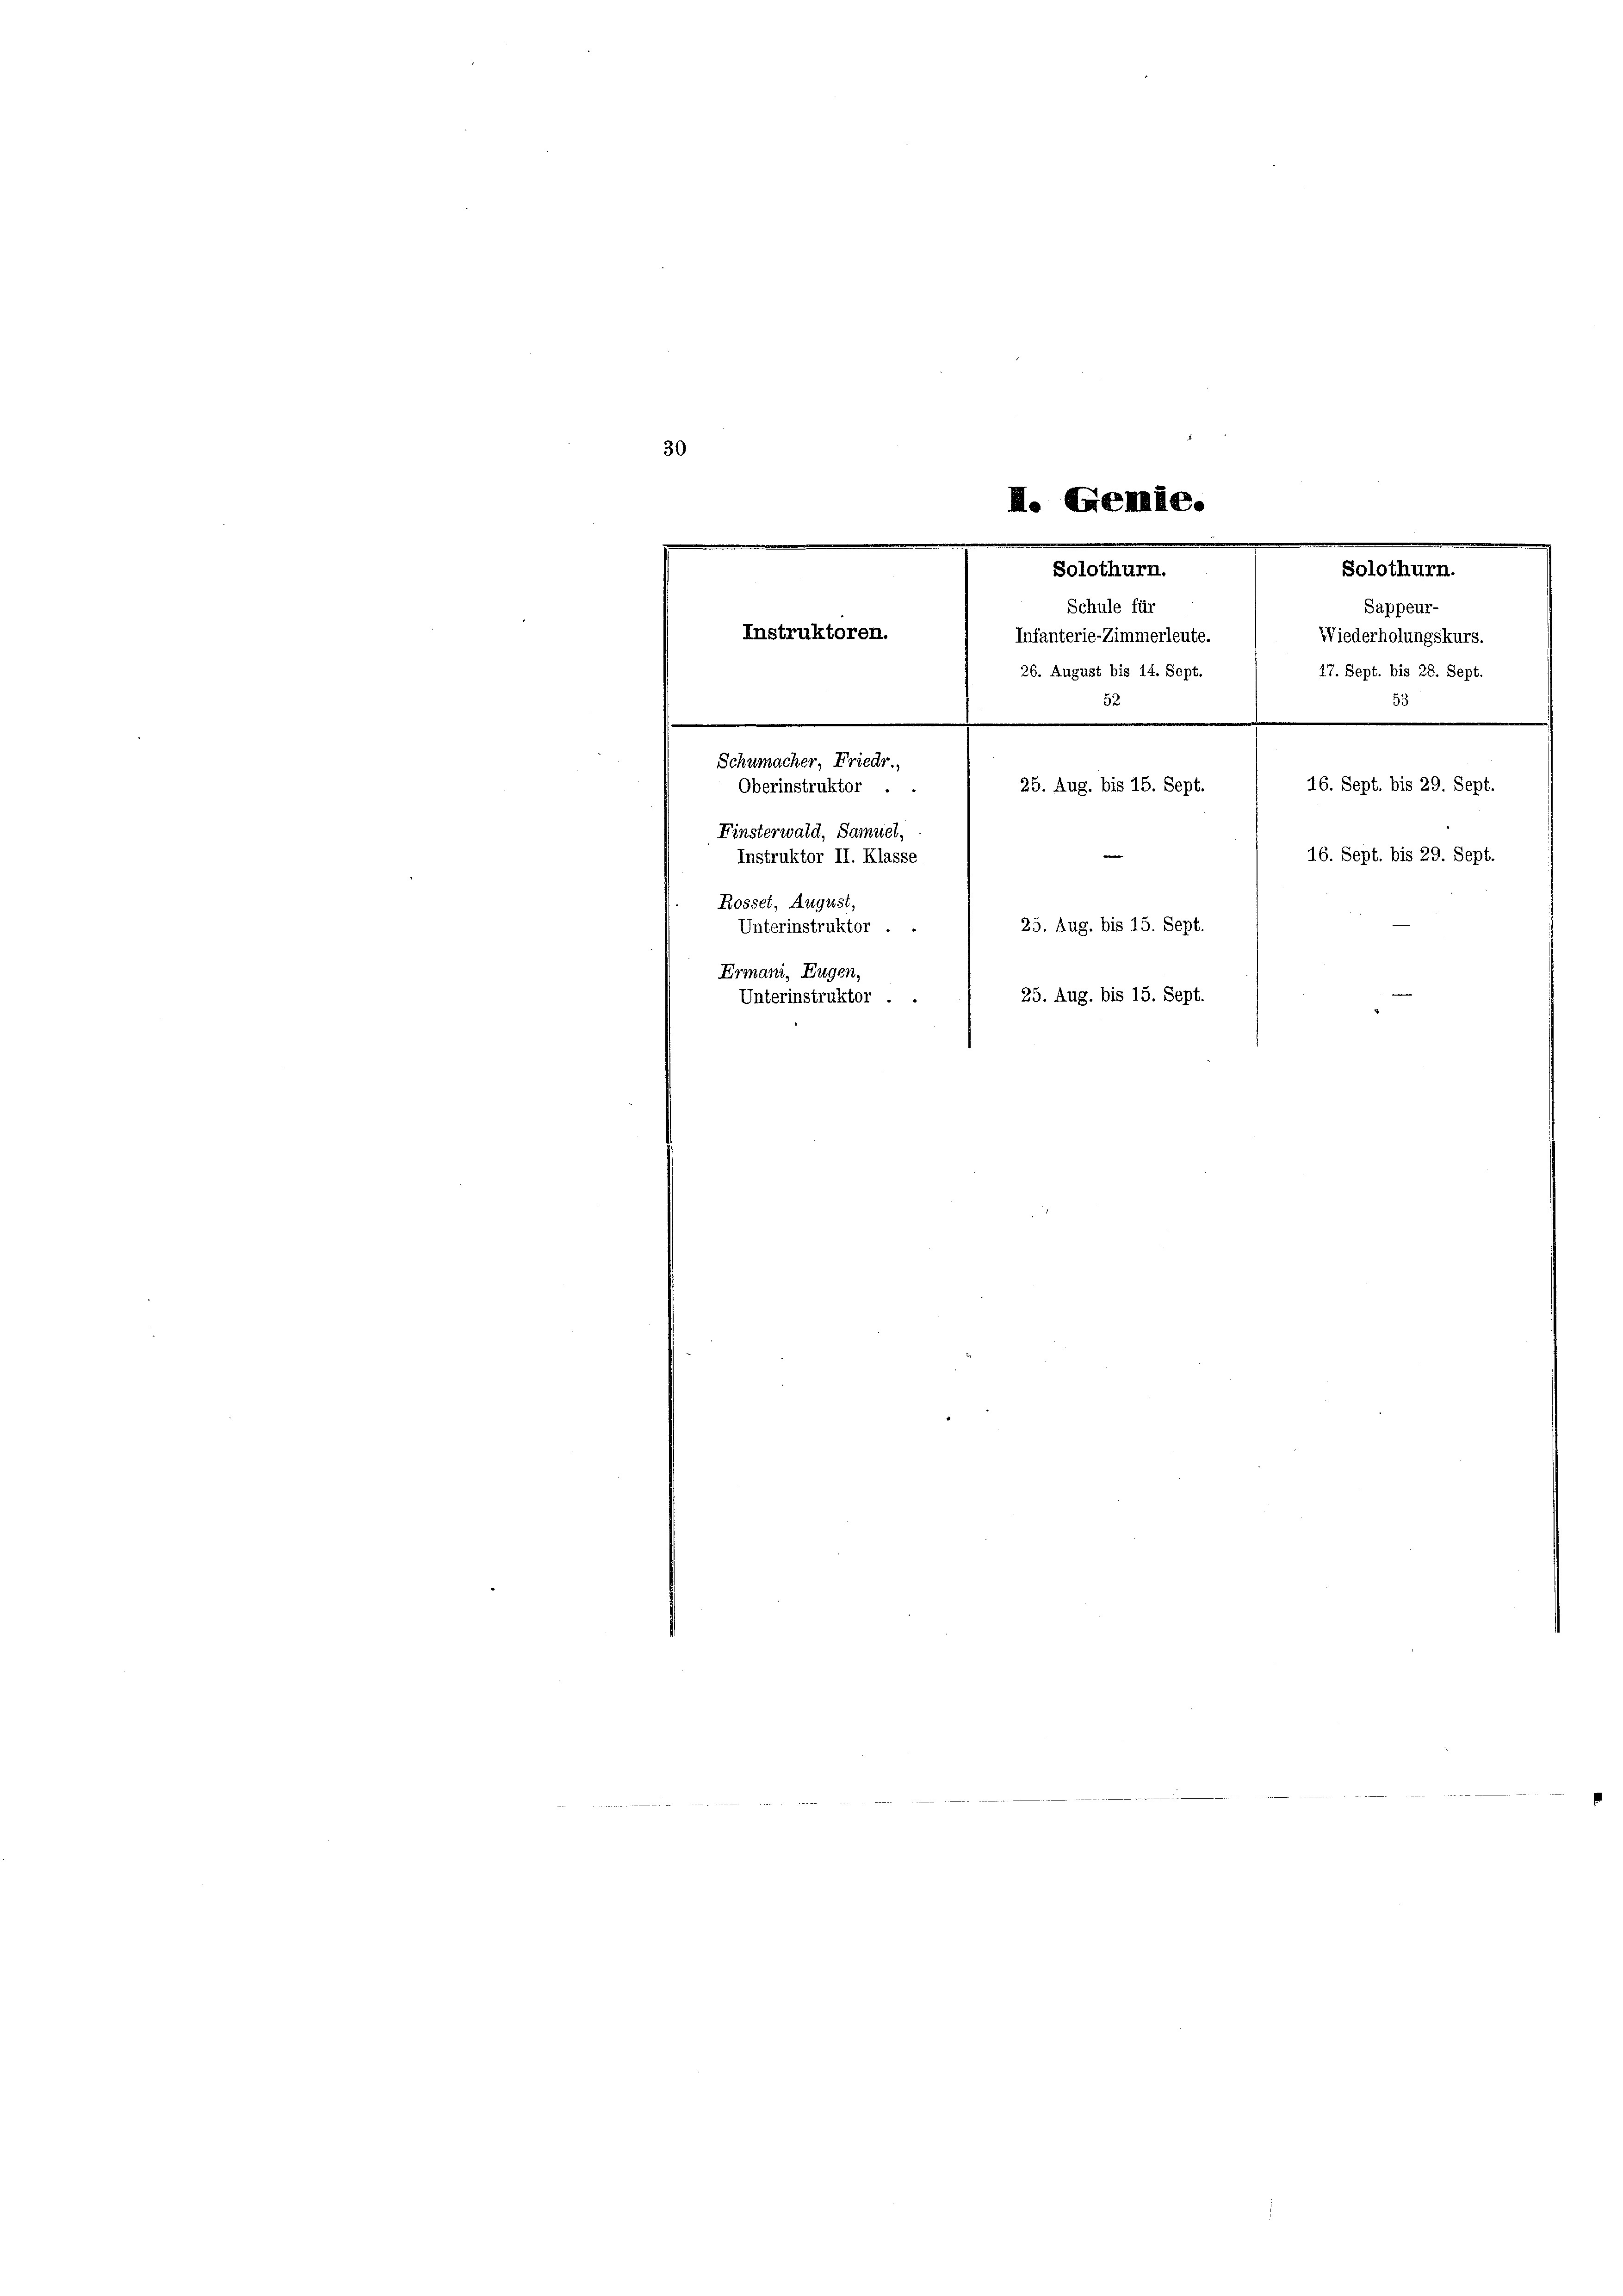
30
e
e
M. Genie.
e
.
m

Solothurn.
Sappeur-
Wiederholungskurs.
5
.
Schumacher, Friedr.
16. Sept. bis 29. Sept.
25. Aug. bis 15. Sept.
Oberinstruktor . .
Finsterwald, Samuel,
e
16. Sept. bis 29. Sept.
Instruktor II. Klasse
Rosset, August,
25. Aug. bis 15. Sept.
Unterinstruktor . .
Ermani, Eugen,
25. Aug. bis 15. Sept.
Unterinstruktor . .

Solothurn.
Schule für
Instruktoren.
Infanterie-Zimmerleute.
e
26. August bis 14. Sept. / 17. Sept. bis 28. Sept.
52
e